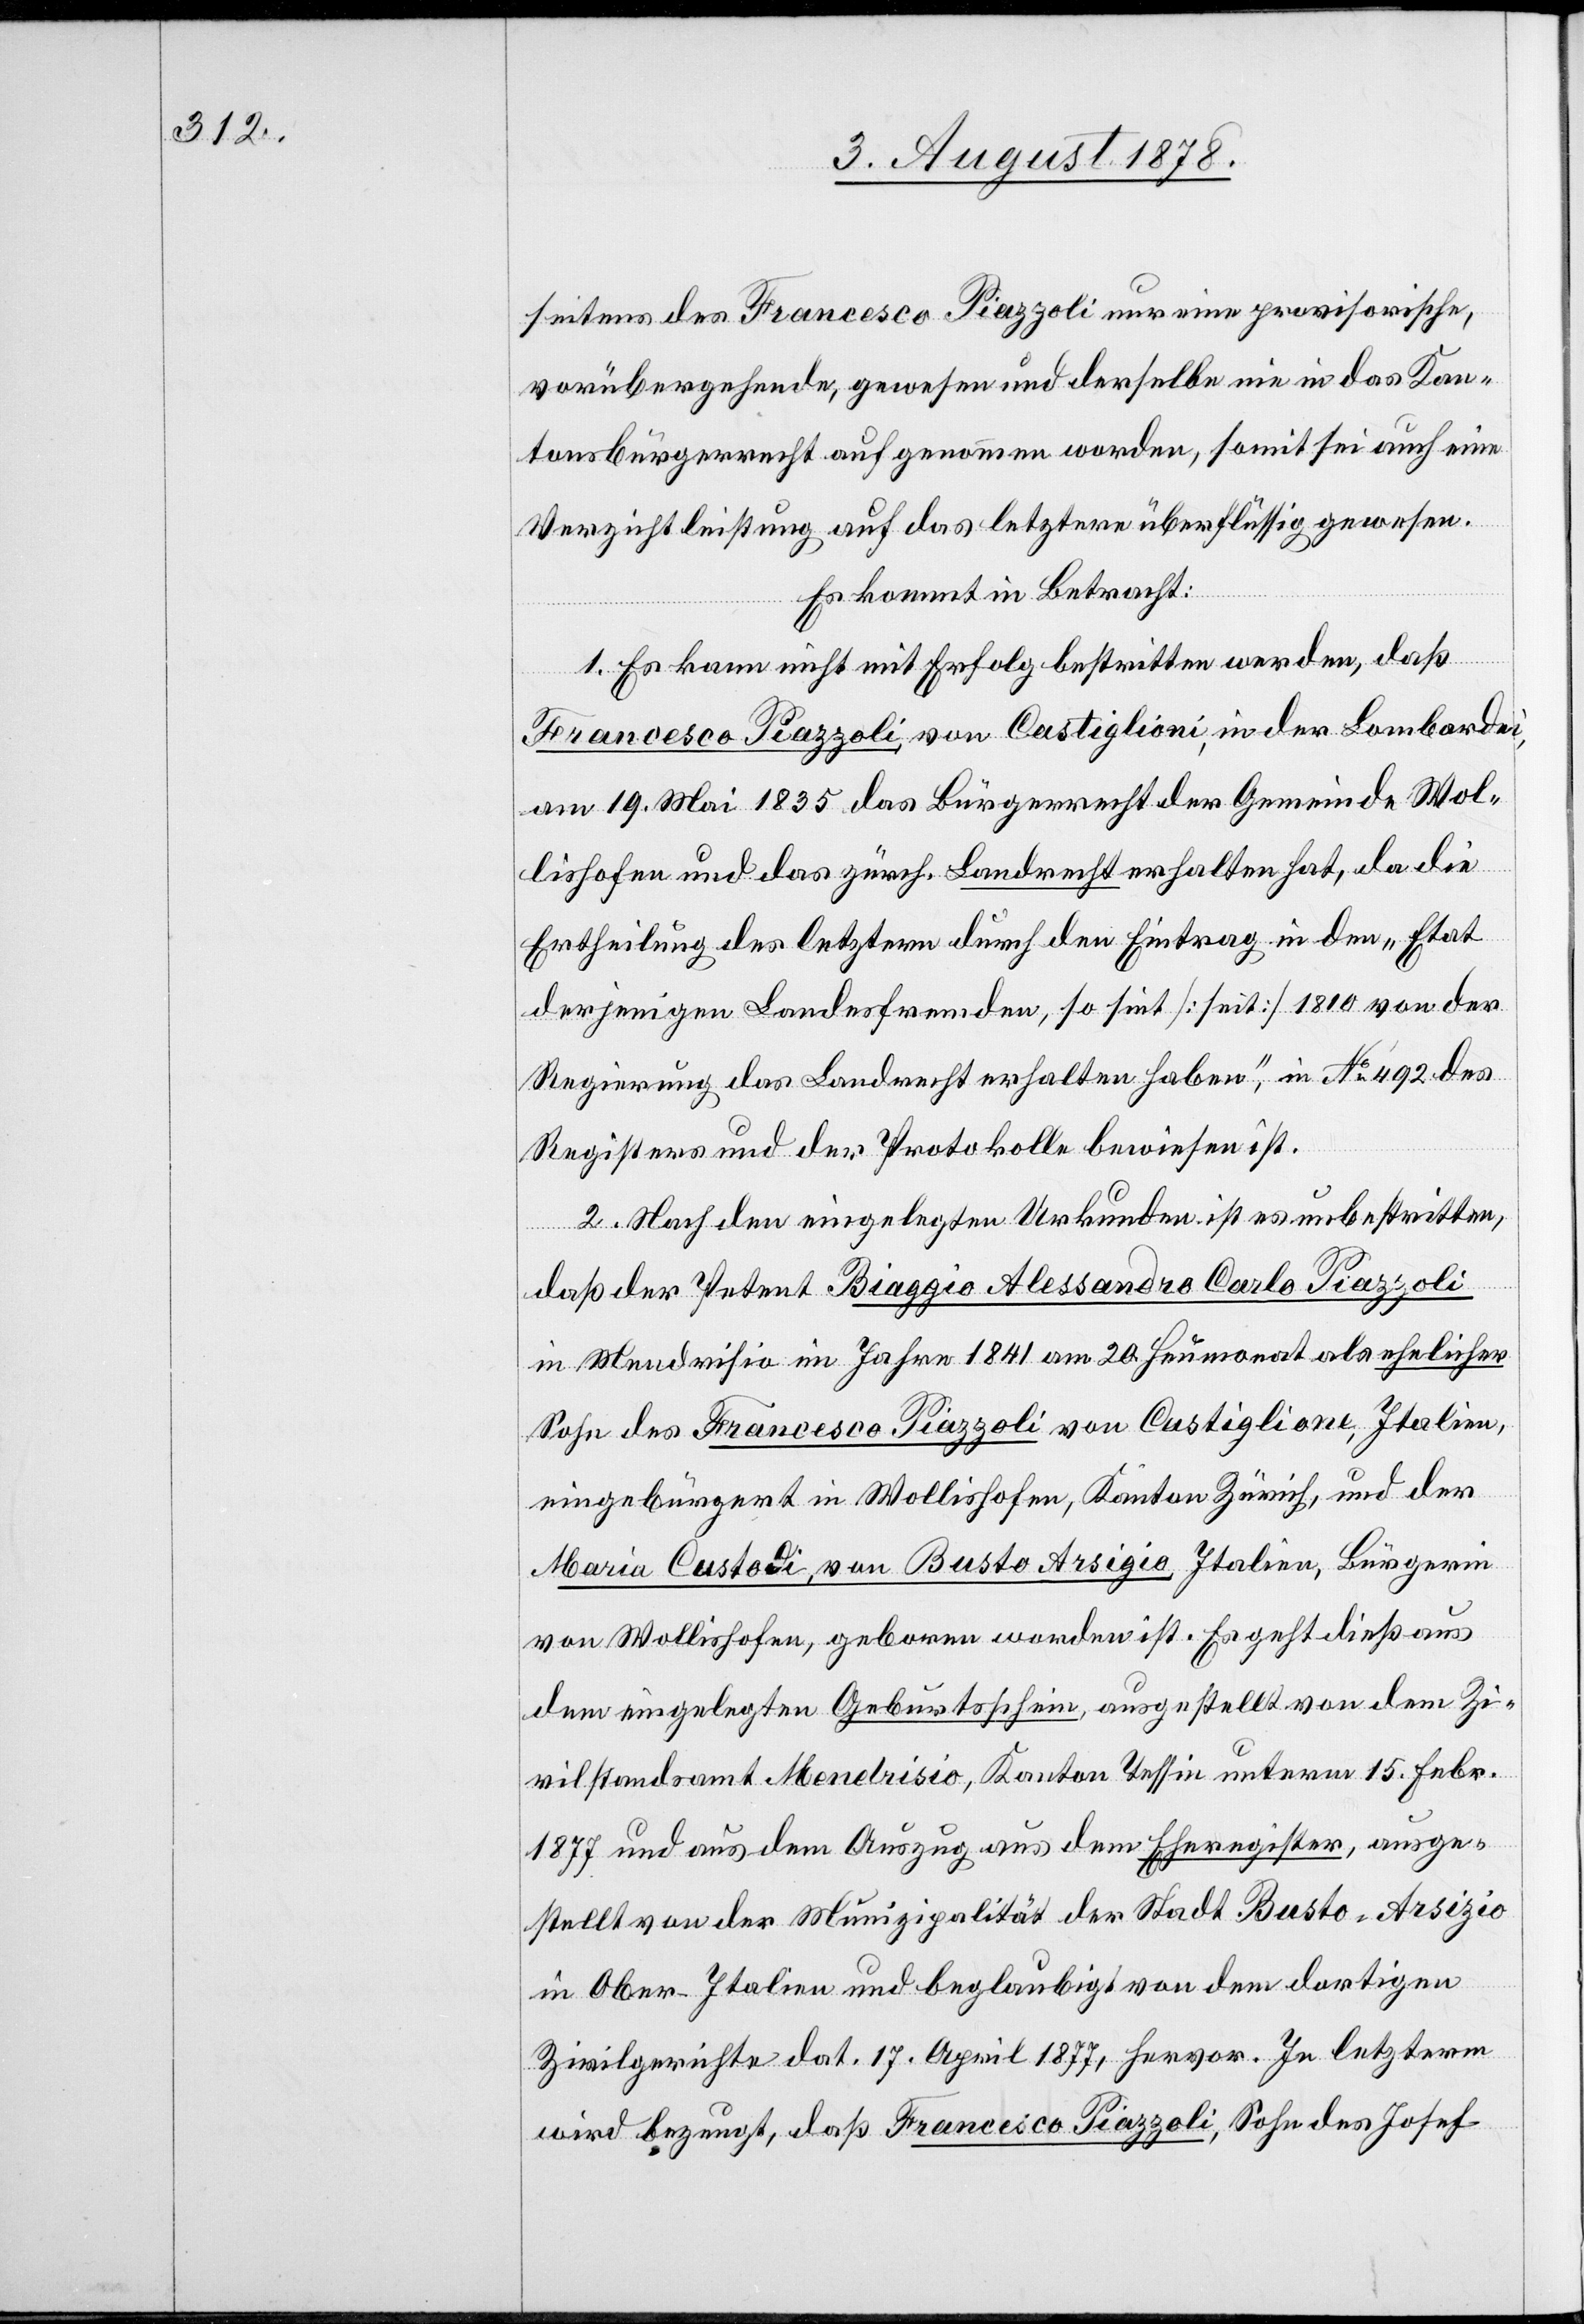
seitens des Francesco Piazzoli nur eine provisorische,
vorübergehende, gewesen und derselbe nie in das Kan¬
tonsbürgerrecht aufgenommen worden, somit sei auch eine
Verzichtleistung auf das letztere überflüssig gewesen.
Es kommt in Betracht:
1. Es kann nicht mit Erfolg bestritten werden, daß
Francesco Piazzoli, von Castiglioni, in der Lombardei,
am 19. Mai 1835 das Bürgerrecht der Gemeinde Wol¬
lishofen und das zürch. Landrecht erhalten hat, da die
Ertheilung des letztern durch den Eintrag in den „Etat
desjenigen Landesfremden, so siet [recte: seit] 1819 von der
Regierung das Landrecht erhalten haben“, in No 492 des
Registers und der Protokolle bewiesen ist.
2. Nach dem eingelegten Urkunden ist es unbestritten,
daß der Petent Biaggio Alessandro Carlo Piazzoli
in Mendrisio im Jahre 1841 am 20. Heumonat als ehelicher
Sohn des Francesco Piazzoli von Custigliane, Italien,
eingebürgert in Wollishofen, Kanton Zürich, und der
Maria Custodi, von Busto Arsigio Italien, Bürgerin
von Wollishofen, geboren worden ist. Es geht dieß aus
dem eingelegten Geburtsschein, ausgestellt von dem Zi¬
vilstandsamt Mendrisio, Kanton Tessin unterm 15. Febr.
1877 und aus dem Auszug aus dem Eheregister, ausge¬
stellt von der Munizipalität der Stadt Busto-Arsigio
in Ober-Italien und beglaubigt von dem dortigen
Zivilgerichte dat. 17. April 1877, hervor. In letzterm
wird bezeugt, daß Francesco Piazzoli, Sohn des Josef